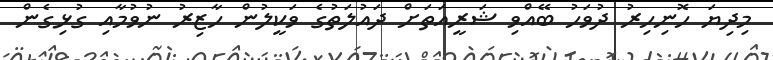
މިދިޔަ ހޮނިހިރު ދުވަހު ބޭއްވި ޝަރީއަތަށް ދައުލަތުގެ ވަކީލުން ހާޒިރު ނުވުމާއި ގުޅިގެން